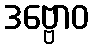
ဒဗ္ဗောဝ